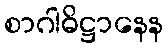
စာဂါဓိဋ္ဌာနေန